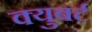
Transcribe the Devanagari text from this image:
क्युबर्ट